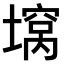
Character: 𫮪